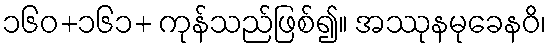
၁၆၀+၁၆၁+ ကုန်သည်ဖြစ်၍။ အဿုနမုခေနဝိ၊